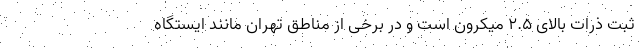
ثبت ذرات بالای ۲.۵ میکرون است و در برخی از مناطق تهران مانند ایستگاه